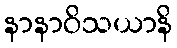
နာနာဝိသယာနိ